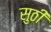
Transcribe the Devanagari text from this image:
सुठी